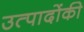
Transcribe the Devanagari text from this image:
उत्पादोंकी